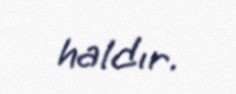
haldır.